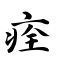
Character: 痊